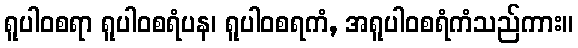
ရူပါဝစရာ ရူပါဝစရံပန၊ ရူပါဝစရကံ, အရူပါဝစရံကံသည်ကား။